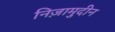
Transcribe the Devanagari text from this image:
निज़ामुदीन